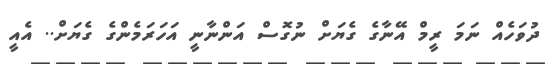
ދުވަހެއް ނަމަ ރީމް އޭނާގެ ގެޔަށް ނުގޮސް އަންނާނީ އަހަރަމެންގެ ގެޔަށް.. އެއީ